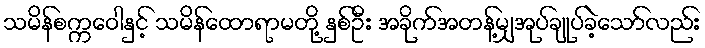
သမိန်စက္ကဝေါနှင့် သမိန်ထောရာမတို့ နှစ်ဦး အခိုက်အတန့်မျှအုပ်ချုပ်ခဲ့သော်လည်း